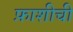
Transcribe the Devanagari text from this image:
फ़ाशीची